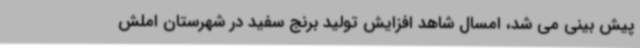
پیش بینی می شد، امسال شاهد افزایش تولید برنج سفید در شهرستان املش